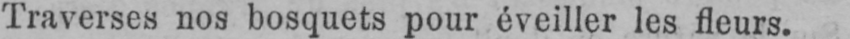
Traverses nos bosquets pour éveiller les fleurs.